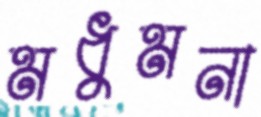
মধুমনা